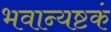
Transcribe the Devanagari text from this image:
भवान्यष्टकं